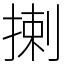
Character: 揦